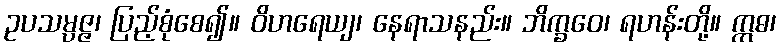
ဥပသမ္ပဇ္ဇ၊ ပြည့်စုံစေ၍။ ဝိဟရေယျ၊ နေရာသနည်း။ ဘိက္ခဝေ၊ ရဟန်းတို့။ ဣဓ၊